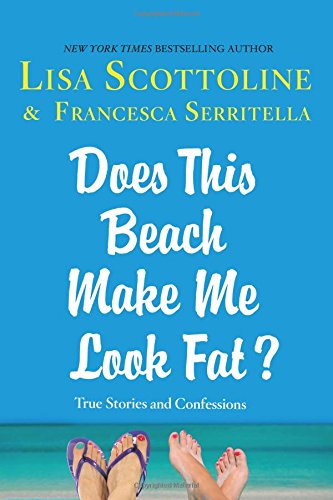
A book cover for Does This Beach Make Me Look Fat?: True Stories and Confessions; Lisa Scottoline; Humor & Entertainment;